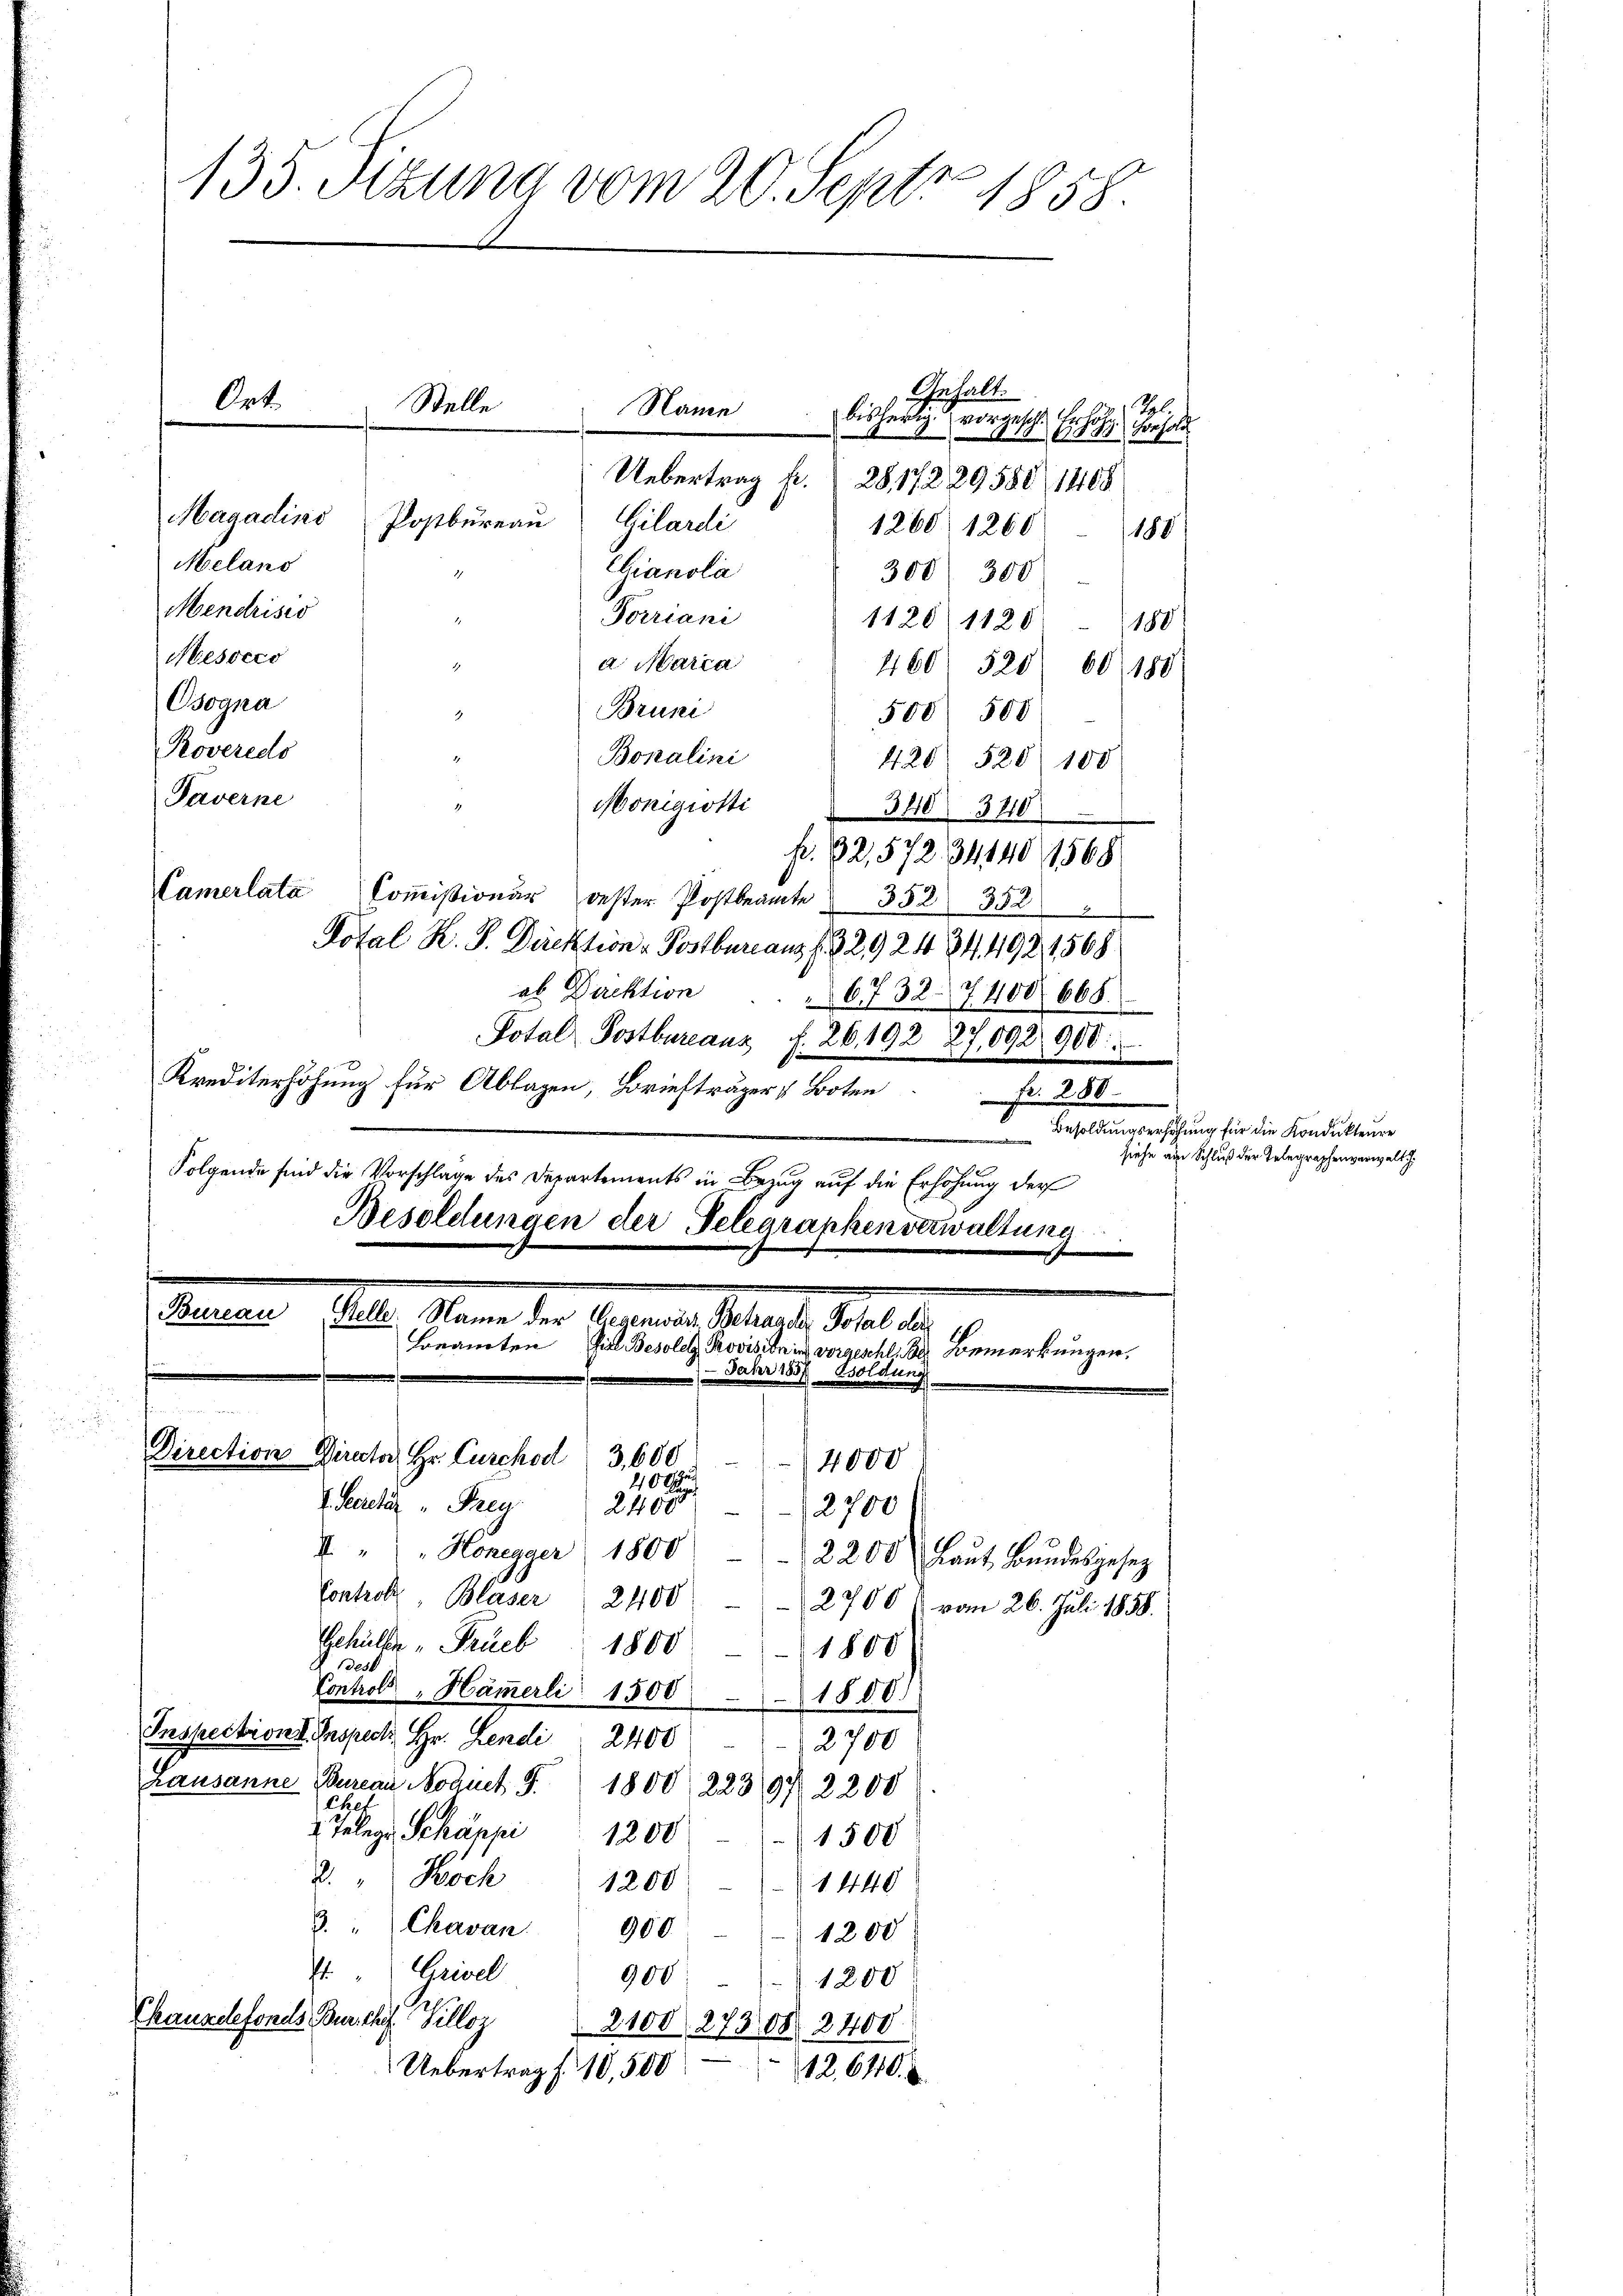
2817229588, 1408
1260/ 1260) 180
Gianola
300 300
Mendrisco
Torriani
1120/1120 180
Mesocco
a Marca
460/ 520 60, 180
Osogna
Bruni
500 500
Roveredo
Bonalini
428 520 108
Paverne
Monigiotti
3403710
fr. 32,57234140 1568
Camerlata Commißionar bester Postbeamte " 352 352
Potal K. P. Direktion - Postbureaus f. 329 24 844921568
ab Direktion
6732–7400, 668.
3.
Potal Postbureauz f. 26492 27,092 900
Krediterhöhung für Ablagen, Briefträger & Boten
Fr. 280.
Folgende sind die Vorschlage des Departements in Bezug auf die Erhöhung der
Besoldungen der Telegraphenverwaltung
n
Bauten Ill. Mann der Regieren Stand, Stelle
Beamten Ziel Besolet Provision ins vorgeschli der Bemerkungen.
 Jahr 185
Böldung

135. Sizung vom 20. Sept. 1858.

Ort.

Magadinis
Melans

Stelle
Name
Uebertrag fr.
Postbureau
Gilardi

Direction Director Hr. Curckod 3,600 - 4000
400

Gehalt.
bisherig vorgesc

Gehüller "Prüeb 1800
des
Controll - Hämerli 1500 1800.
Inspection I. Inspect. Hr. Lendi 2400
2700
Lausanne Bureau Noquet S. 1800, 22397 2200
ltet
 Telege Schäppi
1200. 1500
2. Koch
1200 - 1440
3. " Chevan 900 " 1200
4. " Grivel
900-1200
Chauxelefonds Burch Pilloz
2100. 273,08. 2400.
Uebertrag f. 10,500
12. 640.

1800

1 Erhöhe von sol

Secretär " Frey
2400-12700
4 " " Honegger 1800   2200 Laŭt Bŭndesgesetz
Controle
Blaser 2400. 2700 & vom 26. Juli 1858.

Sol.

Besoldungserhöhung für die Kondukteure
siehe am Schluß der Telegraphenverwalt